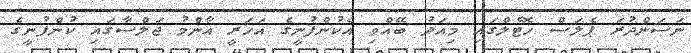
ނަސަންދުރަ ޕެލަސް ހޮޓެލްގައި މިއަދު ބޭއްވި އެކުންފުނީގެ އަހަރީ އާންމު ޖަލްސާގައި ކުންފުނީގެ